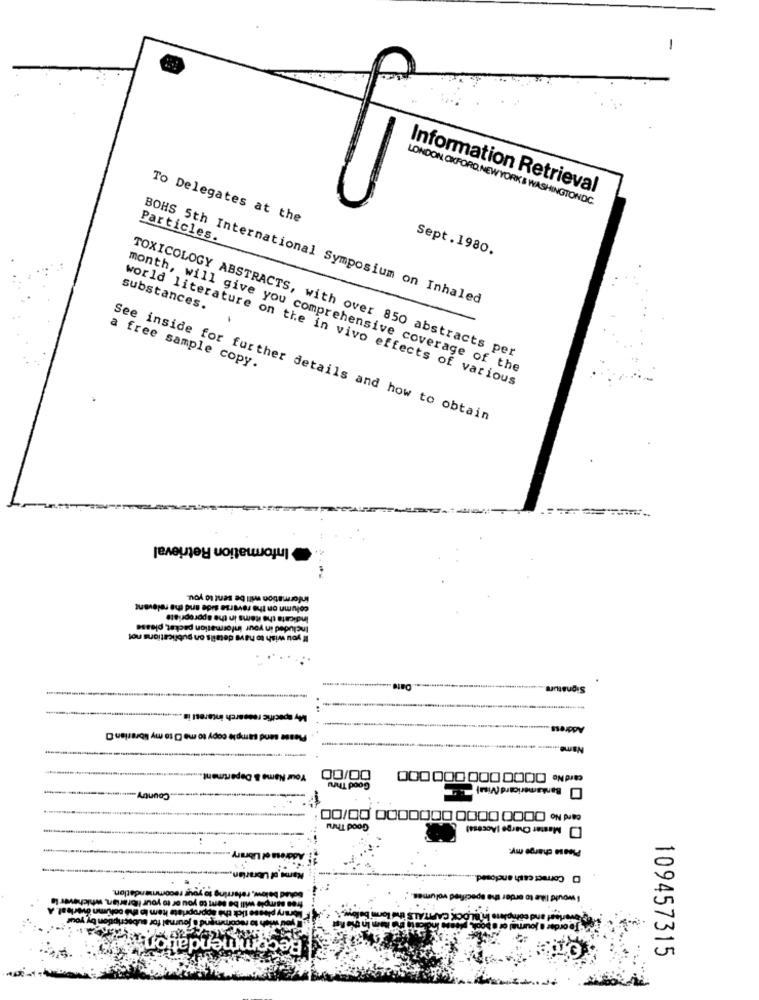
Information Retrieval
LONDON OXFORD NEW YORK'S WASHINGTONDC.
To Delegates at the
Particles.
Sept .1980.
BOHS 5th International Symposium on Inhaled
substances.
TOXICOLOGY ABSTRACTS, with over 850 abstracts per
a free sample copy.
month, will give you comprehensive coverage of the
world literature on the in vivo effects of various
See inside for further details and how to obtain
Information Retrieval
information will be sent to you.
column on the reverse side and the relevant
Indicate the items in the appropriate
Included in your information packet, please
If you wish to have details on publications not
.Date
Signature
wowarch interest in
Address
ample copy to me O to my librarian D
Name
00/00
card No 00000 000000000
Department
Good Thru
Bankamericard (Visa)
Country
card No 0000 0000 0000000 00/00
Good Thru
Master Charge (Access)
Please charge my:
D Correct cash enclosed ..
I would like to order the specified volumes.
In overleal
OCK CAFT
Ind comoh
nend
109457315
-